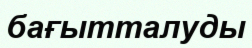
бағытталуды